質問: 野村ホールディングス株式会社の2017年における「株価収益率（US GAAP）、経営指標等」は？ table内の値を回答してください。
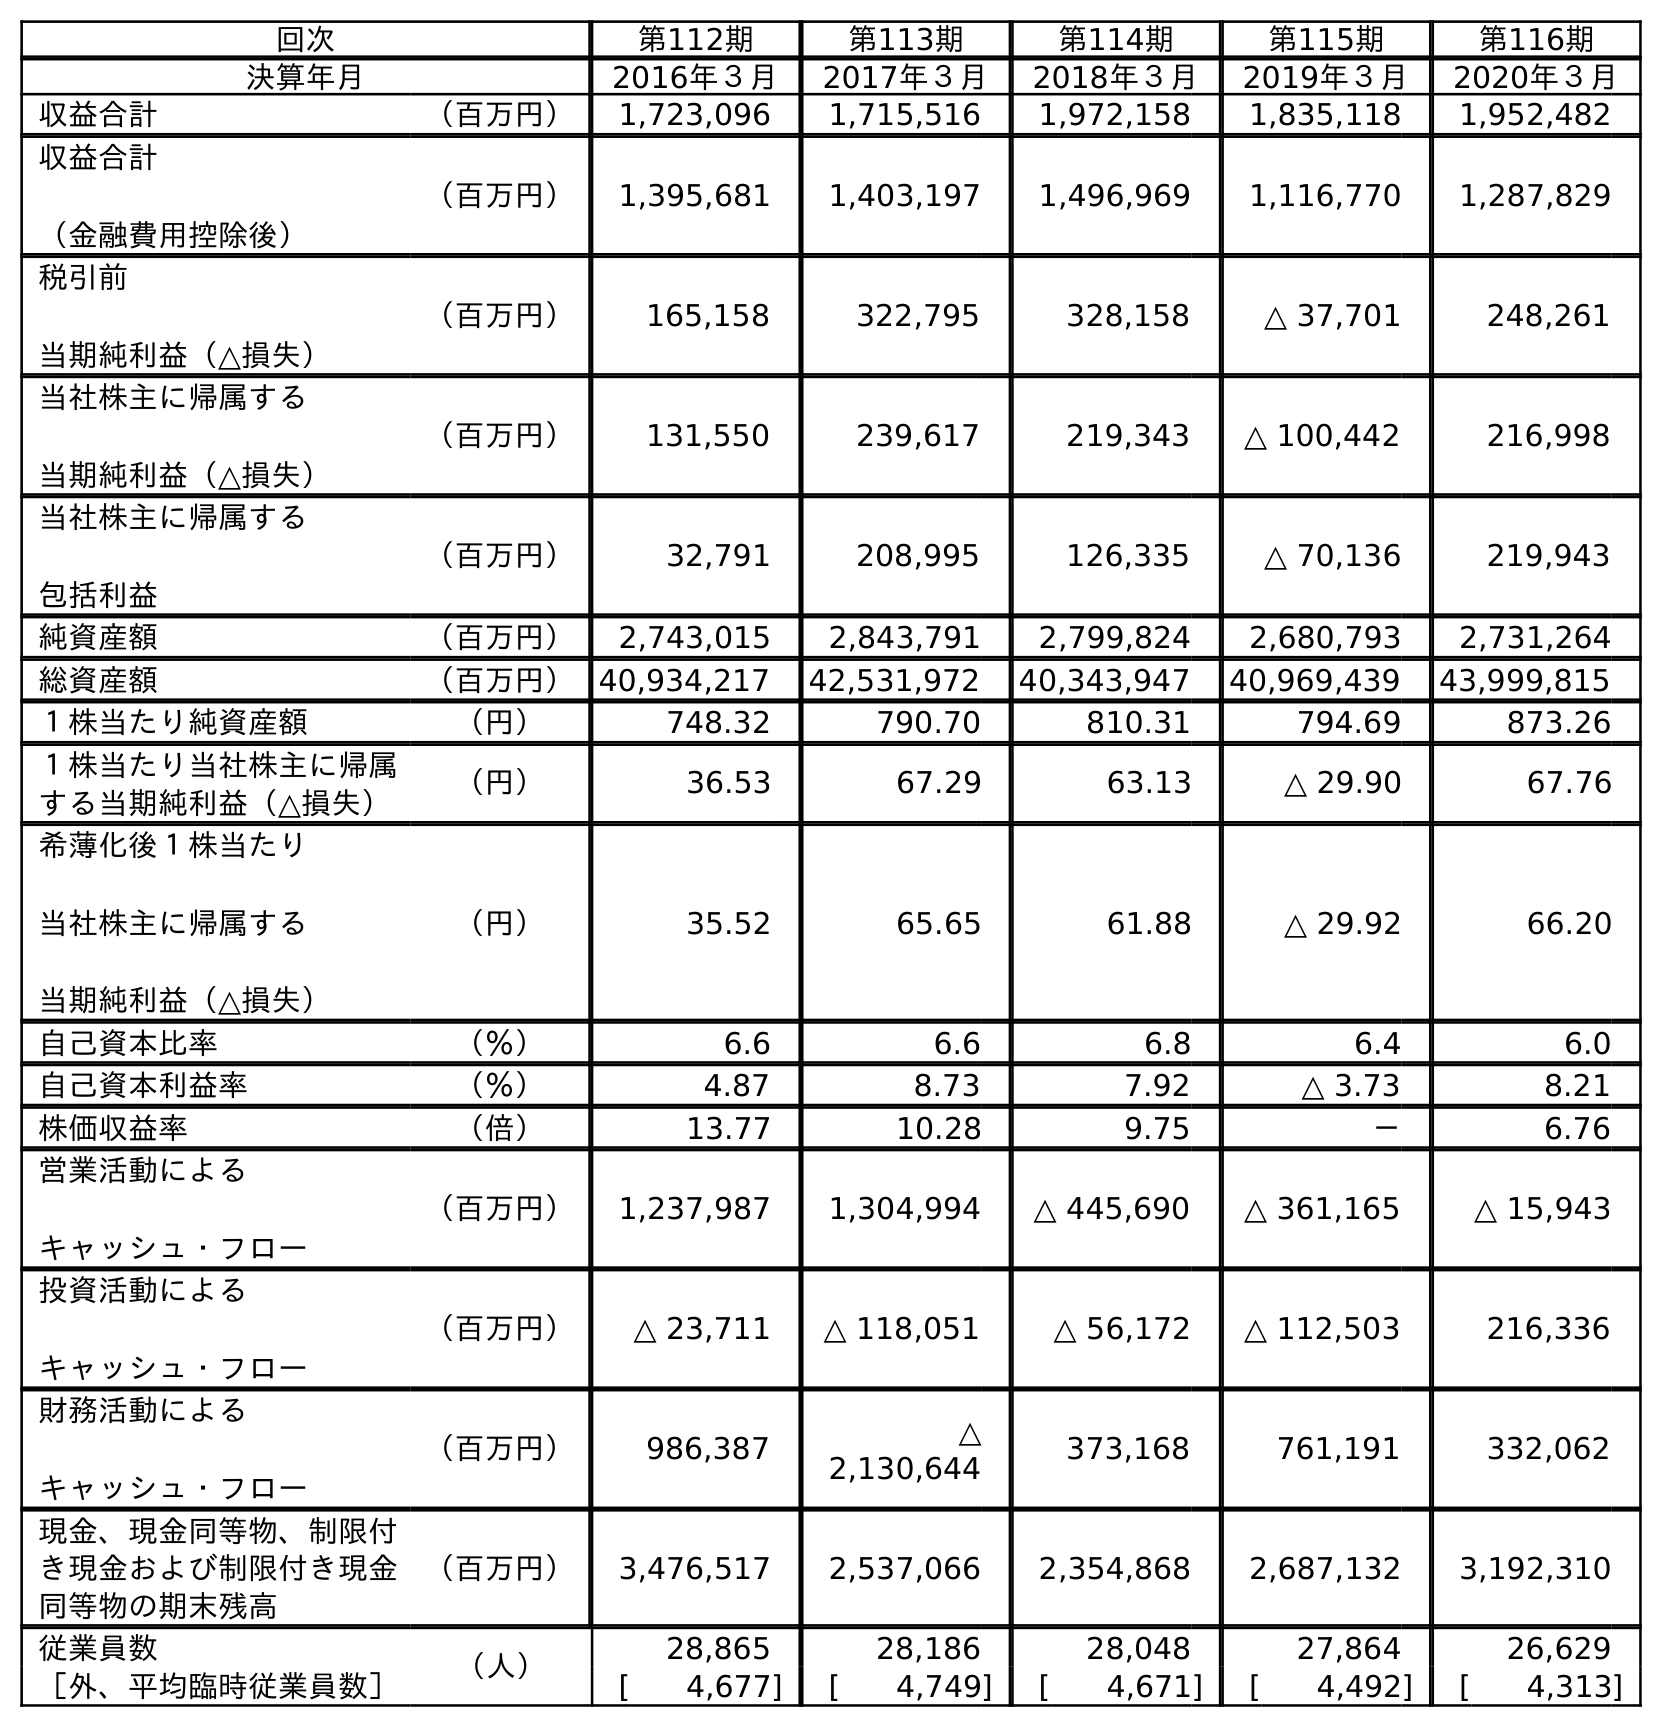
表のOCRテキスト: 回次 第112期 第113期 第114期 第115期 第116期 決算年月 2016年３月 2017年３月 2018年３月 2019年３月 2020年３月 収益合計 （百万円） 1,723,096 1,715,516 1,972,158 1,835,118 1,952,482 収益合計 （金融費用控除後） （百万円） 1,395,681 1,403,197 1,496,969 1,116,770 1,287,829 税引前 当期純利益（△損失） （百万円） 165,158 322,795 328,158 △ 37,701 248,261 当社株主に帰属する 当期純利益（△損失） （百万円） 131,550 239,617 219,343 △ 100,442 216,998 当社株主に帰属する 包括利益 （百万円） 32,791 208,995 126,335 △ 70,136 219,943 純資産額 （百万円） 2,743,015 2,843,791 2,799,824 2,680,793 2,731,264 総資産額 （百万円）40,934,217 42,531,972 40,343,947 40,969,439 43,999,815 １株当たり純資産額 （円） 748.32 790.70 810.31 794.69 873.26 １株当たり当社株主に帰属 する当期純利益（△損失） （円） 36.53 67.29 63.13 △ 29.90 67.76 希薄化後１株当たり 当社株主に帰属する 当期純利益（△損失） （円） 35.52 65.65 61.88 △ 29.92 66.20 自己資本比率 （％） 6.6 6.6 6.8 6.4 6.0 自己資本利益率 （％） 4.87 8.73 7.92 △ 3.73 8.21 株価収益率 （倍） 13.77 10.28 9.75 － 6.76 営業活動による キャッシュ・フロー （百万円） 1,237,987 1,304,994 △ 445,690 △ 361,165 △ 15,943 投資活動による キャッシュ・フロー （百万円） △ 23,711 △ 118,051 △ 56,172 △ 112,503 216,336 財務活動による キャッシュ・フロー （百万円） 986,387 △ 2,130,644 373,168 761,191 332,062 現金、現金同等物、制限付 き現金および制限付き現金 同等物の期末残高 （百万円） 3,476,517 2,537,066 2,354,868 2,687,132 3,192,310 従業員数 （人） 28,865 28,186 28,048 27,864 26,629 ［外、平均臨時従業員数］ [ 4,677] [ 4,749] [ 4,671] [ 4,492] [ 4,313]
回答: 10.28